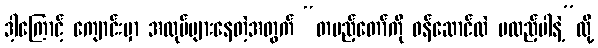
ဒါ့ကြောင့် ကျောင်းမှာ အလုပ်များနေတဲ့အတွက် “တပည့်တော်ကို ဝန်ဆောင်ထဲ မထည့်ပါနဲ့”လို့